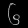
Digit: ၆